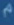
^{\phi}